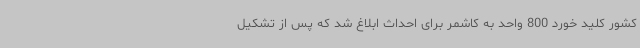
کشور کلید خورد 800 واحد به کاشمر برای احداث ابلاغ شد که پس از تشکیل